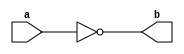
module not_gate(a, b);
    input a;
    output b;
    
    assign b = ~a;
endmodule